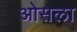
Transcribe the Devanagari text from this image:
ओसला